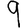
Digit: 9